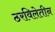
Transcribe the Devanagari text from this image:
ठरविलेतीन